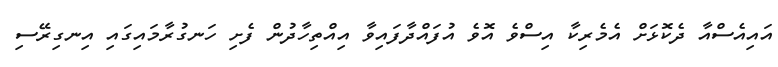
އައިއެސްއާ ދެކޮޅަށް އެމެރިކާ އިސްވެ އޮވެ އުފައްދާފައިވާ އިއްތިހާދުން ފެށި ހަނގުރާމައިގައި އިނގިރޭސި